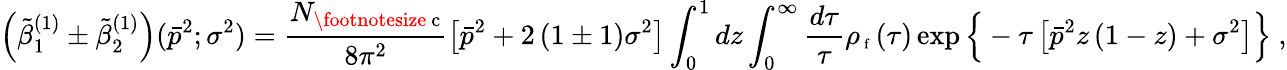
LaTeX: \left({\tilde{\beta}}_{1}^{(1)}\pm{\tilde{\beta}}_{2}^{(1)}\right)({\bar{p}}^{2};{\sigma}^{2})=\frac{N_{\mathrm{\footnotesize~c}}}{8\pi^{2}}\left[{\bar{p}}^{2}+2\left(1\pm 1\right){\sigma}^{2}\right]\int_{0}^{1}dz\int_{0}^{\infty}\frac{d{\tau}}{{\tau}}\rho_{\mathrm{\scriptsize~f}}\left({\tau}\right)\exp{\Big\{ }-{\tau}\left[{\bar{p}}^{2}z\left(1-z\right)+{\sigma}^{2}\right]{\Big\} }\ ,